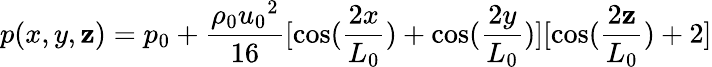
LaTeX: p(x,y,\mathbf{z})=p_{0}+\frac{{\rho_{0}{u_{0}}^{2}}}{{16}}[\cos(\frac{{2x}}{{L_{0}}})+\cos(\frac{{2y}}{{L_{0}}})][\cos(\frac{{2\mathbf{z}}}{{L_{0}}})+2]